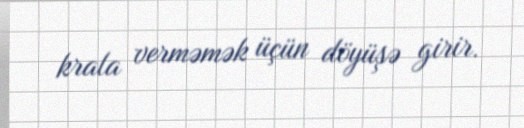
krala verməmək üçün döyüşə girir.